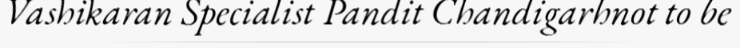
Vashikaran Specialist Pandit Chandigarhnot to be